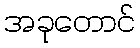
အခုတောင်